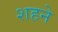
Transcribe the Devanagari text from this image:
शहने